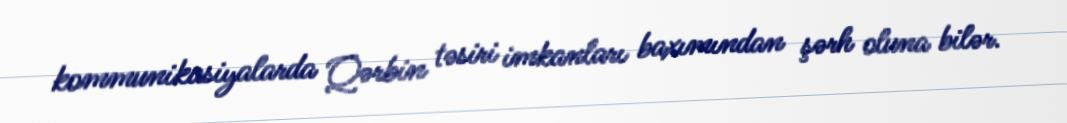
kommunikasiyalarda Qərbin təsiri imkanları baxımından şərh oluna bilər.